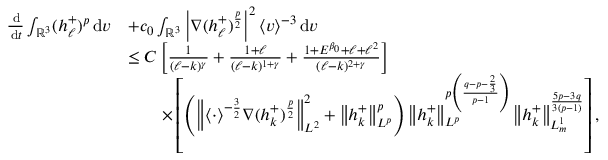
\begin{array} { r l } { \frac { \, \mathrm { d } } { \, \mathrm { d } t } \int _ { \ensuremath { { \mathbb R } } ^ { 3 } } ( h _ { \ell } ^ { + } ) ^ { p } \, \mathrm { d } v } & { + c _ { 0 } \int _ { \ensuremath { { \mathbb R } } ^ { 3 } } \left\vert \nabla ( h _ { \ell } ^ { + } ) ^ { \frac { p } { 2 } } \right\vert ^ { 2 } \langle v \rangle ^ { - 3 } \, \mathrm { d } v } \\ & { \leq C \left[ \frac { 1 } { ( \ell - k ) ^ { \gamma } } + \frac { 1 + \ell } { ( \ell - k ) ^ { 1 + \gamma } } + \frac { 1 + E ^ { \beta _ { 0 } } + \ell + \ell ^ { 2 } } { ( \ell - k ) ^ { 2 + \gamma } } \right] } \\ & { \qquad \times \left[ \left( \left\| \langle \cdot \rangle ^ { - \frac { 3 } { 2 } } \nabla ( h _ { k } ^ { + } ) ^ { \frac { p } { 2 } } \right\| _ { L ^ { 2 } } ^ { 2 } + \left\| h _ { k } ^ { + } \right\| _ { L ^ { p } } ^ { p } \right) \left\| h _ { k } ^ { + } \right\| _ { L ^ { p } } ^ { p \left( \frac { q - p - \frac { 2 } { 3 } } { p - 1 } \right) } \left\| h _ { k } ^ { + } \right\| _ { L _ { m } ^ { 1 } } ^ { \frac { 5 p - 3 q } { 3 ( p - 1 ) } } \right] , } \end{array}